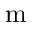
\mathrm { m }